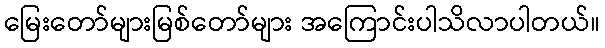
မြေးတော်များမြစ်တော်များ အကြောင်းပါသိလာပါတယ်။